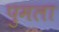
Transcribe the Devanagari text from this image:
पुमला